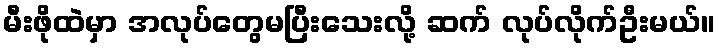
မီးဖိုထဲမှာ အလုပ်တွေမပြီးသေးလို့ ဆက် လုပ်လိုက်ဦးမယ်။